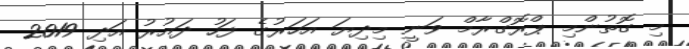
މި ގޮތުންމި ޕްރޮގްރާމް ވަނީ މިދިޔަ އަހަރުގެ ފަހު ދައުރު އަދި 2019